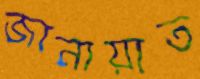
জানায়াত